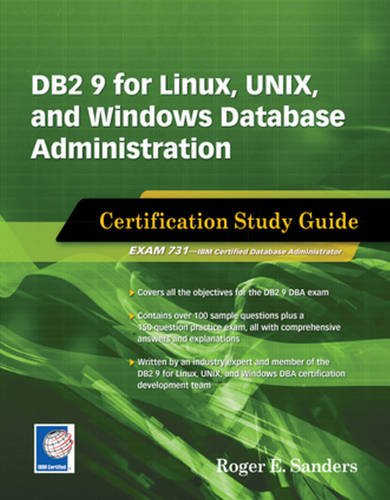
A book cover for DB2 9 for Linux, UNIX, and Windows Database Administration: Certification Study Guide; Roger E. Sanders; Computers & Technology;